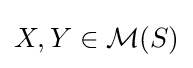
X,Y\in {\mathcal {M}}(S)